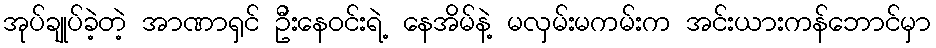
အုပ်ချုပ်ခဲ့တဲ့ အာဏာရှင် ဦးနေဝင်းရဲ့ နေအိမ်နဲ့ မလှမ်းမကမ်းက အင်းယားကန်ဘောင်မှာ